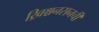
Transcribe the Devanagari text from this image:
ख्रिश्चनसनची